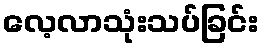
လေ့လာသုံးသပ်ခြင်း